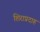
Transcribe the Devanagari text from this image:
शिराप्रदाह